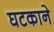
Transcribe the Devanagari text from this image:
घटकाने